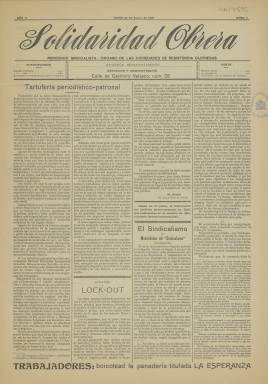
Título: Solidaridad obrera (Gijón)
Colección: Periódicos || Prensa sindical
Ámbito geográfico: Asturias
Lugar de publicación: Gijón [Asturias]
Fechas: 22/01/1910-30/04/1911